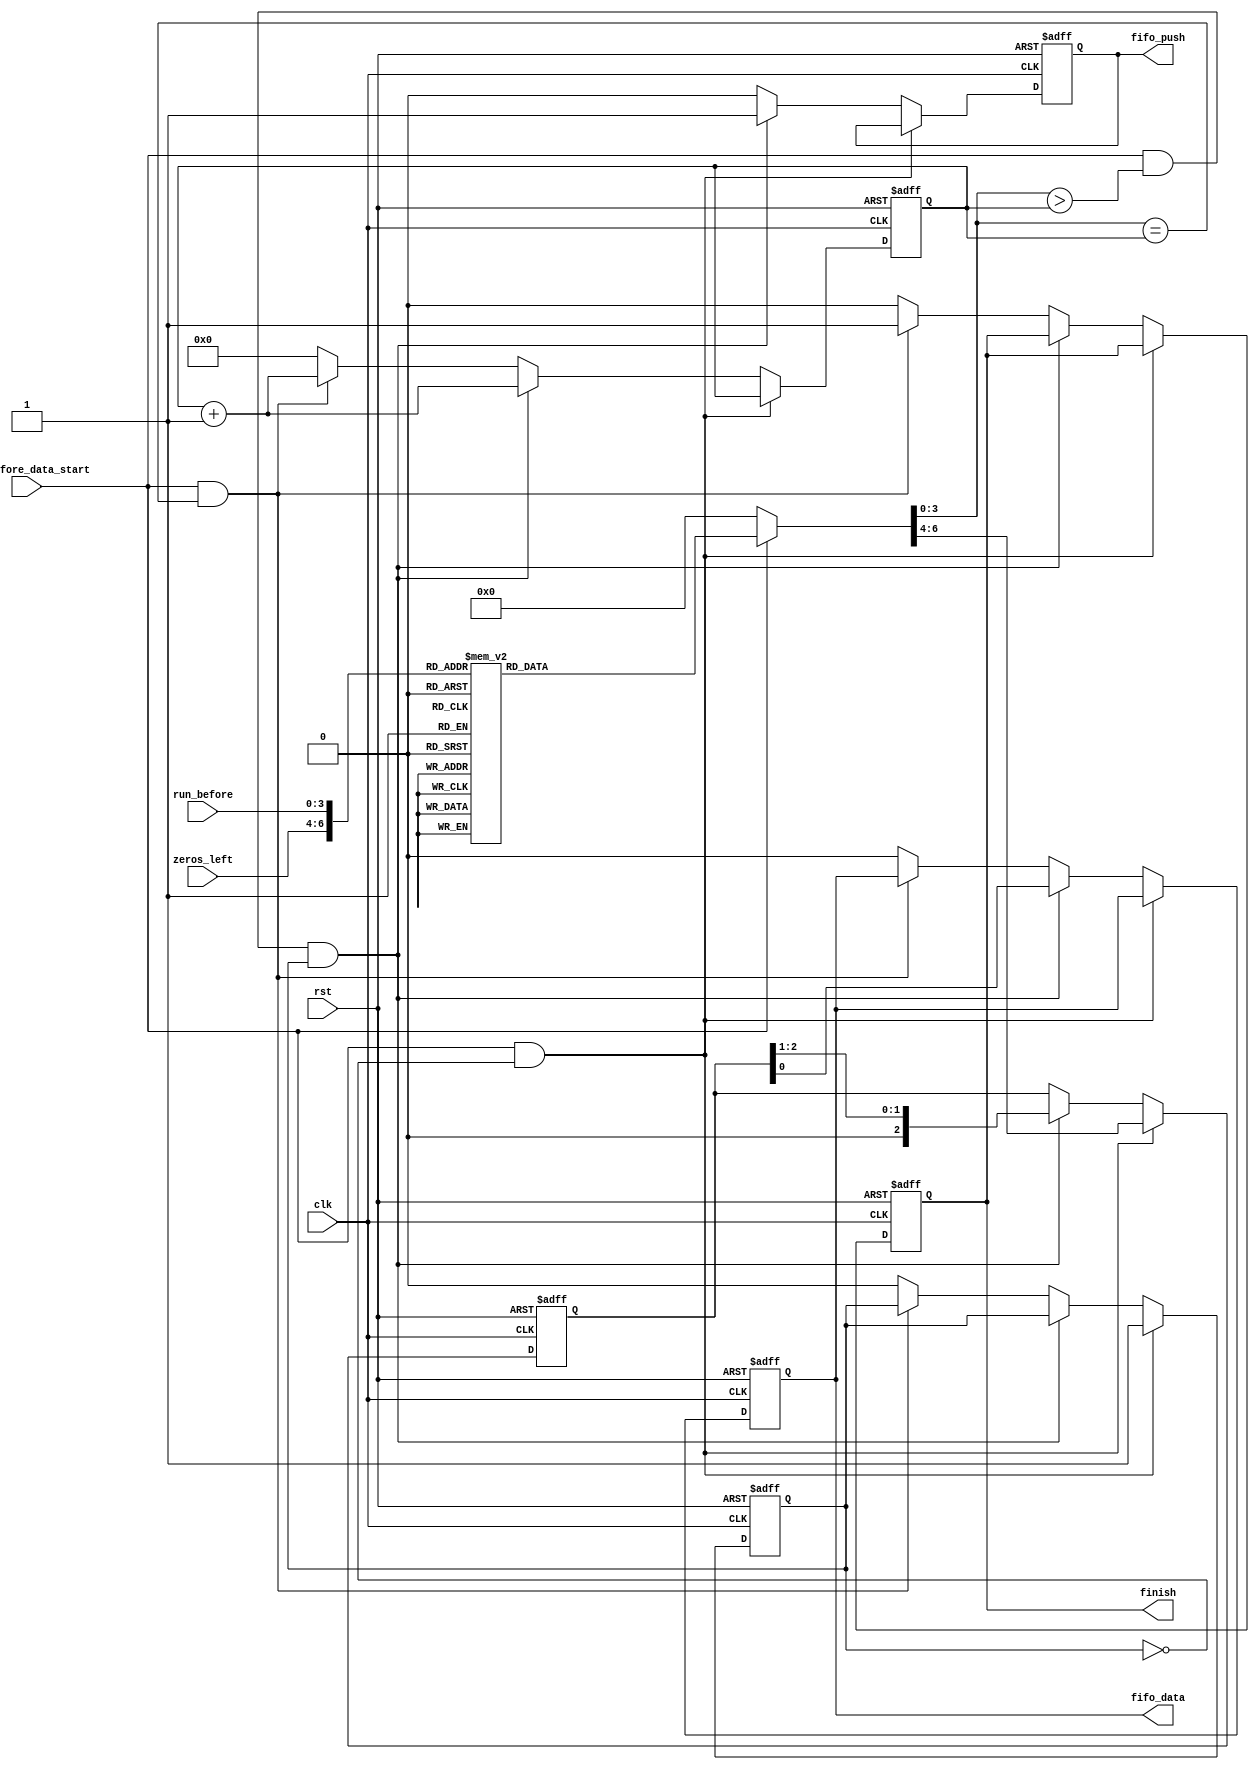
`timescale 1ns / 1ps
//////////////////////////////////////////////////////////////////////////////////
// Company: 
// Engineer: 
// 
// Design Name: 
// Module Name: Run_Before
// Project Name: 
// Target Devices: 
// Tool Versions: 
// Description: 
// 
// Dependencies: 
// 
// Revision:
// Revision 0.01 - File Created
// Additional Comments:
// 
//////////////////////////////////////////////////////////////////////////////////


module Run_Before (

input           clk,
input           rst,

// DATA
input   [3:0]   run_before,
input   [2:0]   zeros_left,             // the maximum value for the zeros_left is 7.

// OUTSIDE CONTROLLER & ACK 
input           run_before_data_start,
//input           start_output,
output reg        finish,              // Note to modify this 

// Output prefix to the fifo
output reg                  fifo_push,
output reg                  fifo_data
    );
// Internal_signals
reg         [6:0]   run_before_code;
wire        [6:0]  	addr;
reg         [2:0]   run_before_data_reg;
reg         [3:0]   counter;
reg         load_reg_f;
always @ (posedge clk or negedge rst) begin
    if (!rst) 
        begin
          fifo_push           <= 1'b0;  
          fifo_data <= 1'b0;    
          run_before_data_reg <= 'b0;
          counter             <=  'b0;
          finish              <= 1'b0; 
          load_reg_f          <= 1'b0; 
          
        end
    else
        begin 
             if (run_before_data_start && (!load_reg_f) )
                begin
                   load_reg_f<=1 ;                     
                    run_before_data_reg  <=  run_before_code [6:4];
 
                end
             else if (run_before_data_start && (run_before_code [3:0] > counter) && (load_reg_f))
                begin
                    fifo_push            <= 1'b1;  
                    run_before_data_reg  <= run_before_data_reg >>1;
                    fifo_data <= run_before_data_reg [0];
                    counter              <= counter +1;
                end
             else if (run_before_data_start && (run_before_code [3:0] == counter))
                 begin
                   finish              <= 1'b1;
                   fifo_push            <= 1'b0;
                   counter              <= counter +1;
                 end
             else 
                 begin
                 // Note OR you can reset this module from the FSM if ypu recieve a finish flag
                   finish              <= 1'b0;
                   load_reg_f          <= 1'b0;
                   fifo_push           <= 1'b0;
                   counter            <=  'b0;
                   fifo_data <= 1'b0;

                 end                 
        end

end


// Note I ASSIGN THIS VALUE TO BE AT THE OUTPUT IMMEDIATLY


assign addr = {zeros_left , run_before};

always @(*)begin 
   // added this is condition here to reduce the power 
   if (run_before_data_start)
     begin
        case(addr) 
            /*i_zero_left 1*/        
            // zeroLeft, runbefore     value , length   
            // Note that the index of Zeros left starts from one and the run before start from zero as it support that 
            {3'h1  ,  4'h0 }   : run_before_code =  7'h11 ;
            {3'h1  ,  4'h1 }   : run_before_code =  7'h01 ;
            {3'h1  ,  4'h2 }   : run_before_code =  7'h00 ;
            {3'h1  ,  4'h3 }   : run_before_code =  7'h00 ;
            {3'h1  ,  4'h4 }   : run_before_code =  7'h00 ;
            {3'h1  ,  4'h5 }   : run_before_code =  7'h00 ;
            {3'h1  ,  4'h6 }   : run_before_code =  7'h00 ;
                                 
                                
            /*i_zero_left 2*/    
            {3'h2  ,  4'h0 }   : run_before_code =  7'h11 ;
            {3'h2  ,  4'h1 }   : run_before_code =  7'h12 ;
            {3'h2  ,  4'h2 }   : run_before_code =  7'h02 ;
            {3'h2  ,  4'h3 }   : run_before_code =  7'h00 ;
            {3'h2  ,  4'h4 }   : run_before_code =  7'h00 ;
            {3'h2  ,  4'h5 }   : run_before_code =  7'h00 ;
            {3'h2  ,  4'h6 }   : run_before_code =  7'h00 ;
                                 
                                 
            /*i_zero_left 3*/    
            {3'h3  ,  4'h0 }   : run_before_code =  7'h32 ;
            {3'h3  ,  4'h1 }   : run_before_code =  7'h22 ;
            {3'h3  ,  4'h2 }   : run_before_code =  7'h12 ;
            {3'h3  ,  4'h3 }   : run_before_code =  7'h02 ;
            {3'h3  ,  4'h4 }   : run_before_code =  7'h00 ;
            {3'h3  ,  4'h5 }   : run_before_code =  7'h00 ;
            {3'h3  ,  4'h6 }   : run_before_code =  7'h00 ;
                                 
                                 
             /*i_zero_left 4*/   
            {3'h4  ,  4'h0 }   : run_before_code =  7'h32 ;
            {3'h4  ,  4'h1 }   : run_before_code =  7'h22 ;
            {3'h4  ,  4'h2 }   : run_before_code =  7'h12 ;
            {3'h4  ,  4'h3 }   : run_before_code =  7'h13 ;
            {3'h4  ,  4'h4 }   : run_before_code =  7'h03 ;
            {3'h4  ,  4'h5 }   : run_before_code =  7'h00 ;
            {3'h4  ,  4'h6 }   : run_before_code =  7'h00 ;
                                
                                
            /*i_zero_left 5*/   
            {3'h5  ,  4'h0 }   : run_before_code =  7'h32 ;
            {3'h5  ,  4'h1 }   : run_before_code =  7'h22 ;
            {3'h5  ,  4'h2 }   : run_before_code =  7'h33 ;
            {3'h5  ,  4'h3 }   : run_before_code =  7'h23 ;
            {3'h5  ,  4'h4 }   : run_before_code =  7'h13 ;
            {3'h5  ,  4'h5 }   : run_before_code =  7'h03 ;
            {3'h5  ,  4'h6 }   : run_before_code =  7'h00 ;
                                
                                
            /*i_zero_left 6*/   
            {3'h6  ,  4'h0 }   : run_before_code =  7'h32 ;
            {3'h6  ,  4'h1 }   : run_before_code =  7'h03 ;
            {3'h6  ,  4'h2 }   : run_before_code =  7'h13 ;
            {3'h6  ,  4'h3 }   : run_before_code =  7'h33 ;
            {3'h6  ,  4'h4 }   : run_before_code =  7'h23 ;
            {3'h6  ,  4'h5 }   : run_before_code =  7'h53 ;
            {3'h6  ,  4'h6 }   : run_before_code =  7'h43 ;
                                 
                                 
             /*i_zero_left 7*/   
            {3'h7  ,  4'h0 }   : run_before_code =  7'h73 ;
            {3'h7  ,  4'h1 }   : run_before_code =  7'h63 ;
            {3'h7  ,  4'h2 }   : run_before_code =  7'h53 ;
            {3'h7  ,  4'h3 }   : run_before_code =  7'h43 ;
            {3'h7  ,  4'h4 }   : run_before_code =  7'h33 ;
            {3'h7  ,  4'h5 }   : run_before_code =  7'h23 ;
            {3'h7  ,  4'h6 }   : run_before_code =  7'h13 ;
            {3'h7  ,  4'h7 }   : run_before_code =  7'h14 ;             
            {3'h7  ,  4'h8 }   : run_before_code =  7'h15 ;             
            {3'h7  ,  4'h9 }   : run_before_code =  7'h16 ;             
            {3'h7  ,  4'ha }   : run_before_code =  7'h17 ;             
            {3'h7  ,  4'hb }   : run_before_code =  7'h18 ;             
            {3'h7  ,  4'hc }   : run_before_code =  7'h19 ;                
            {3'h7  ,  4'hd }   : run_before_code =  7'h1a ;
            {3'h7  ,  4'he }   : run_before_code =  7'h1b ;
        
            default: begin
                                 run_before_code =  7'h0 ;
    
          end
        endcase
      end 
      else
      run_before_code  =  7'h0 ;
      
end 


endmodule